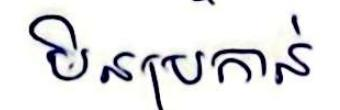
មិនប្រកាន់